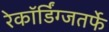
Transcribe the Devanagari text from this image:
रेकॉर्डिंग्जतर्फे